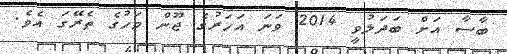
ބާސާ އަށް ބަދަލުވީ 2014 ވަނަ އަހަރުގެ ޖޫން މަހުގެ ތެރޭގަ އެވެ.